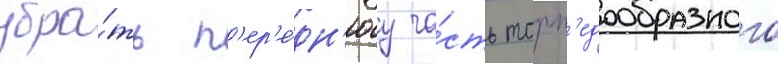
убра́ть п'ер'е́дн'юу ча́сть торп'едообразного